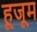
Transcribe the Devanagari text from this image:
हूजूम